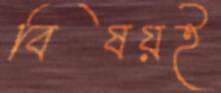
বিষয়ই